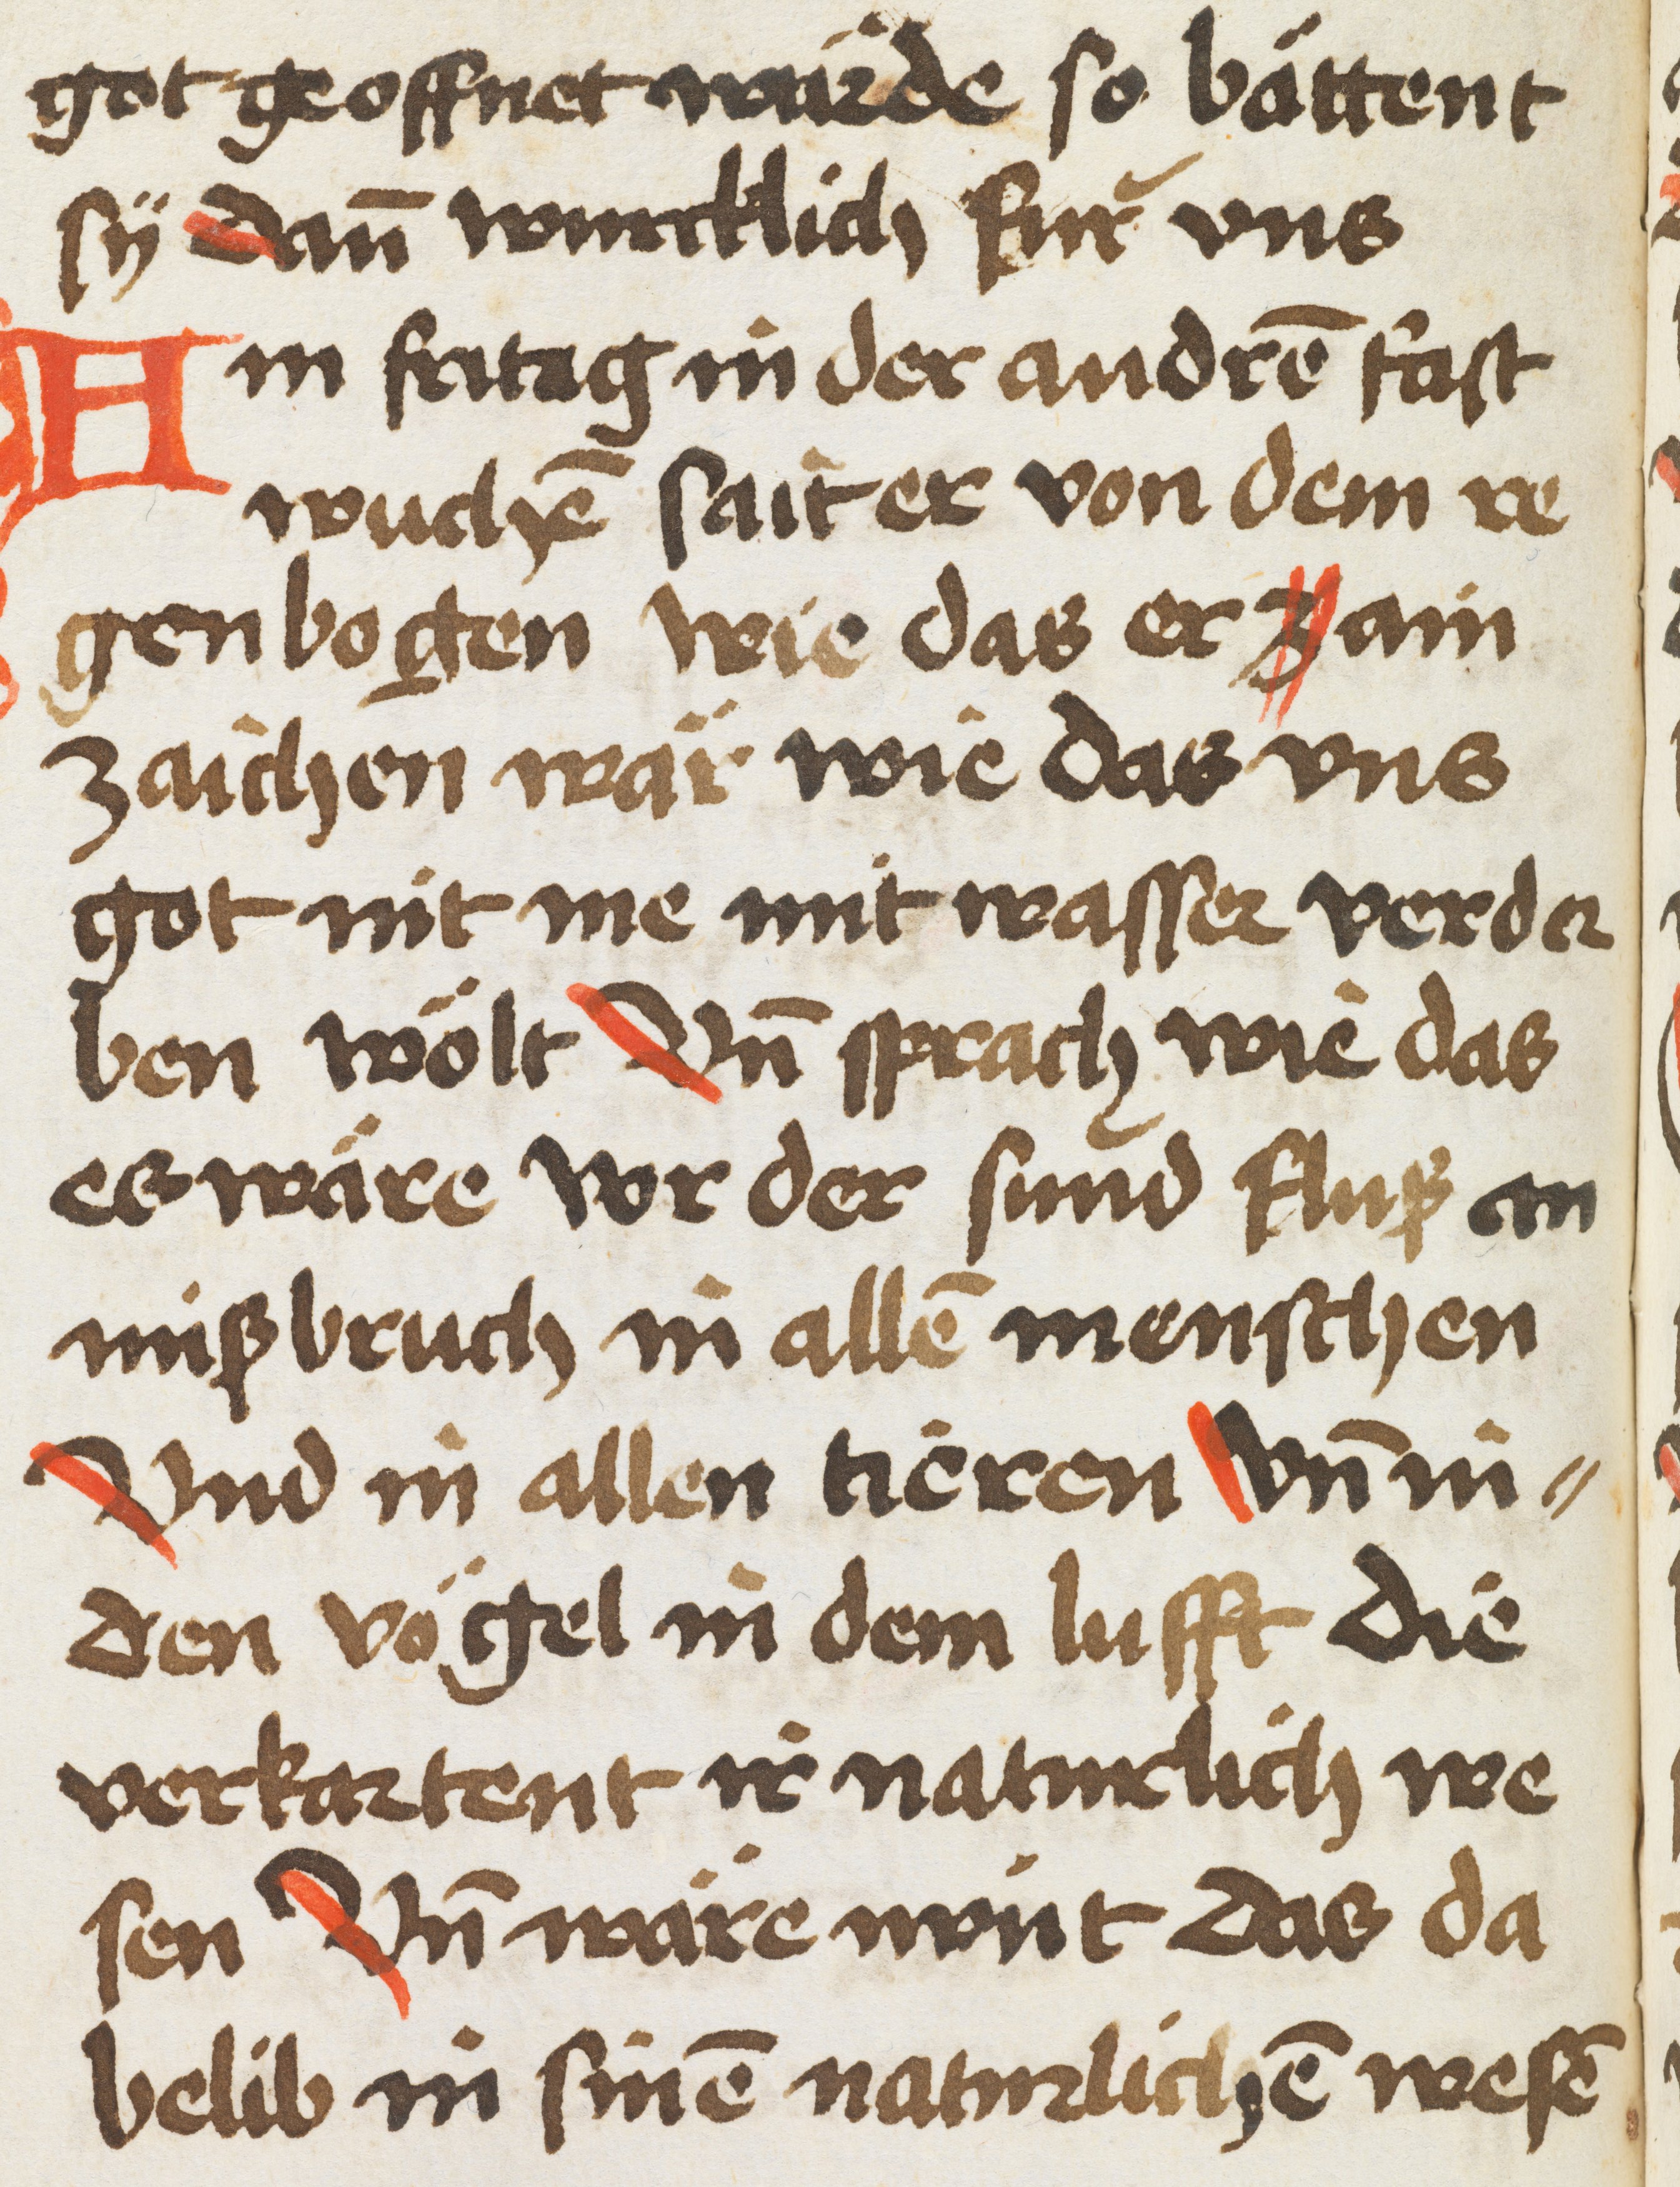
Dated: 1500–1530